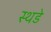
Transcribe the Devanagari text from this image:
स्थडे